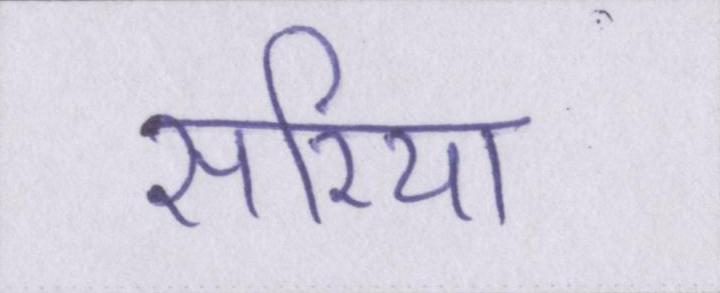
सरिया